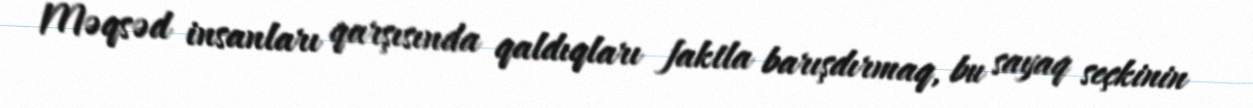
Məqsəd insanları qarşısında qaldıqları faktla barışdırmaq, bu sayaq seçkinin